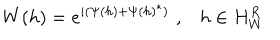
W ( h ) = e ^ { i ( \Psi ( h ) + \Psi ( h ) ^ { * } ) } \, \, , \, \, \, \, \, h \in H _ { W } ^ { R }